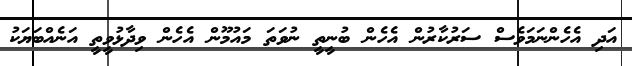
އަދި އެހެންނަމަވެސް ސަރުކާރުން އެހެން ބުނީތީ ނުވަތަ މައުމޫން އެހެން ވިދާޅުވީތީ އަނެއްބަޔަކު